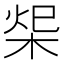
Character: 𣒓